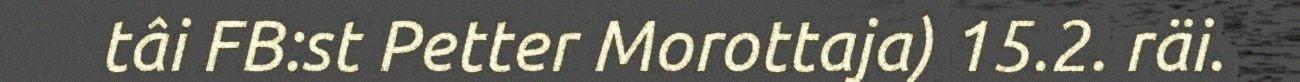
tâi FB:st Petter Morottaja) 15.2. räi.